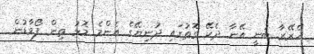
ހެރޭރާ ބުނީ އޭނާ ދެކޭ ގޮތުގައި ދުނިޔޭގެ އެންމެ މޮޅު ތިން ފޯވާޑުން